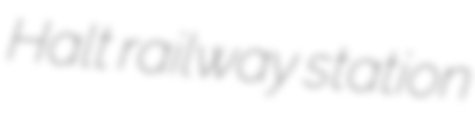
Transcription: Halt railway station